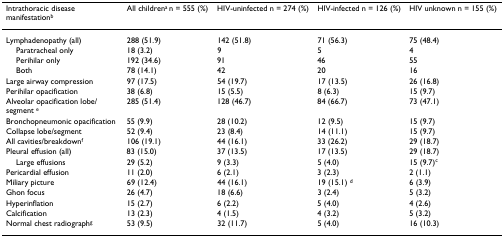
<table><thead><tr><td><b>Intrathoracic disease manifestation<sup>b</sup></b></td><td><b>All children<sup>a </sup>n = 555 (%)</b></td><td><b>HIV-uninfected n = 274 (%)</b></td><td><b>HIV-infected n = 126 (%)</b></td><td><b>HIV unknown n = 155 (%)</b></td></tr></thead><tbody><tr><td>Lymphadenopathy (all)</td><td>288 (51.9)</td><td>142 (51.8)</td><td>71 (56.3)</td><td>75 (48.4)</td></tr><tr><td> Paratracheal only</td><td>18 (3.2)</td><td>9</td><td>5</td><td>4</td></tr><tr><td> Perihilar only</td><td>192 (34.6)</td><td>91</td><td>46</td><td>55</td></tr><tr><td> Both</td><td>78 (14.1)</td><td>42</td><td>20</td><td>16</td></tr><tr><td>Large airway compression</td><td>97 (17.5)</td><td>54 (19.7)</td><td>17 (13.5)</td><td>26 (16.8)</td></tr><tr><td>Perihilar opacification</td><td>38 (6.8)</td><td>15 (5.5)</td><td>8 (6.3)</td><td>15 (9.7)</td></tr><tr><td>Alveolar opacification lobe/segment <sup>e</sup></td><td>285 (51.4)</td><td>128 (46.7)</td><td>84 (66.7)</td><td>73 (47.1)</td></tr><tr><td>Bronchopneumonic opacification</td><td>55 (9.9)</td><td>28 (10.2)</td><td>12 (9.5)</td><td>15 (9.7)</td></tr><tr><td>Collapse lobe/segment</td><td>52 (9.4)</td><td>23 (8.4)</td><td>14 (11.1)</td><td>15 (9.7)</td></tr><tr><td>All cavities/breakdown<sup>f</sup></td><td>106 (19.1)</td><td>44 (16.1)</td><td>33 (26.2)</td><td>29 (18.7)</td></tr><tr><td>Pleural effusion (all)</td><td>83 (15.0)</td><td>37 (13.5)</td><td>17 (13.5)</td><td>29 (18.7)</td></tr><tr><td> Large effusions</td><td>29 (5.2)</td><td>9 (3.3)</td><td>5 (4.0)</td><td>15 (9.7)<sup>c</sup></td></tr><tr><td>Pericardial effusion</td><td>11 (2.0)</td><td>6 (2.1)</td><td>3 (2.3)</td><td>2 (1.1)</td></tr><tr><td>Miliary picture</td><td>69 (12.4)</td><td>44 (16.1)</td><td>19 (15.1) <sup>d</sup></td><td>6 (3.9)</td></tr><tr><td>Ghon focus</td><td>26 (4.7)</td><td>18 (6.6)</td><td>3 (2.4)</td><td>5 (3.2)</td></tr><tr><td>Hyperinflation</td><td>15 (2.7)</td><td>6 (2.2)</td><td>5 (4.0)</td><td>4 (2.6)</td></tr><tr><td>Calcification</td><td>13 (2.3)</td><td>4 (1.5)</td><td>4 (3.2)</td><td>5 (3.2)</td></tr><tr><td>Normal chest radiograph<sup>g</sup></td><td>53 (9.5)</td><td>32 (11.7)</td><td>5 (4.0)</td><td>16 (10.3)</td></tr></tbody></table>